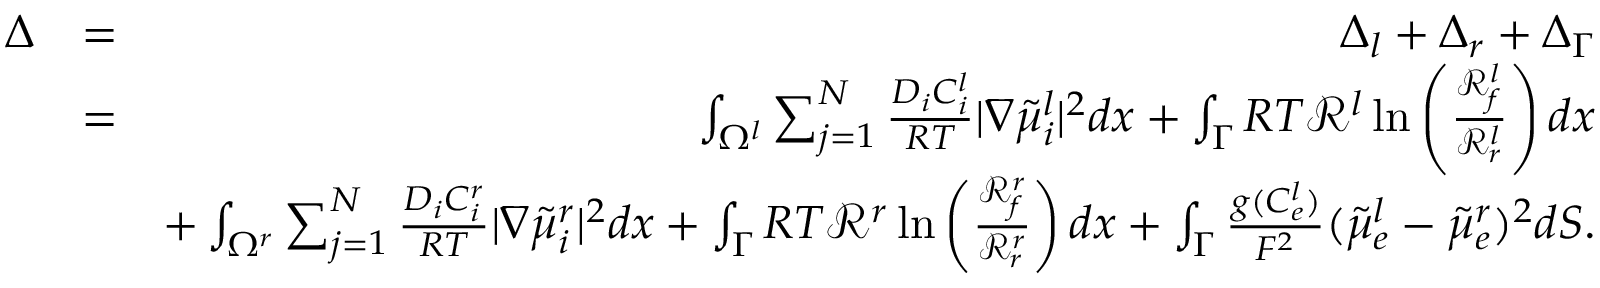
\begin{array} { r l r } { \Delta } & { = } & { \Delta _ { l } + \Delta _ { r } + \Delta _ { \Gamma } } \\ & { = } & { \int _ { \Omega ^ { l } } \sum _ { j = 1 } ^ { N } \frac { D _ { i } C _ { i } ^ { l } } { R T } | \nabla \tilde { \mu } _ { i } ^ { l } | ^ { 2 } d x + \int _ { \Gamma } R T \mathcal { R } ^ { l } \ln \left( \frac { \mathcal { R } _ { f } ^ { l } } { \mathcal { R } _ { r } ^ { l } } \right) d x } \\ & { } & { + \int _ { \Omega ^ { r } } \sum _ { j = 1 } ^ { N } \frac { D _ { i } C _ { i } ^ { r } } { R T } | \nabla \tilde { \mu } _ { i } ^ { r } | ^ { 2 } d x + \int _ { \Gamma } R T \mathcal { R } ^ { r } \ln \left( \frac { \mathcal { R } _ { f } ^ { r } } { \mathcal { R } _ { r } ^ { r } } \right) d x + \int _ { \Gamma } \frac { g ( C _ { e } ^ { l } ) } { F ^ { 2 } } ( \tilde { \mu } _ { e } ^ { l } - \tilde { \mu } _ { e } ^ { r } ) ^ { 2 } d S . } \end{array}